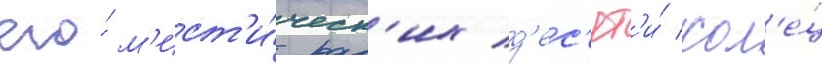
его́ м'ист'и́ческ'их д'ес'ят'и́ кол'е́ц